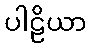
ပါဠိယာ